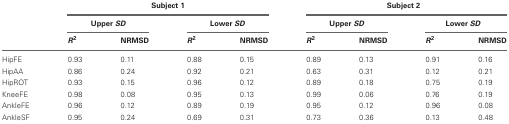
<table><thead><tr><td></td><td colspan="4"><b>Subject 1</b></td><td colspan="4"><b>Subject 2</b></td></tr><tr><td></td><td colspan="2"><b>Upper <i>SD</i></b></td><td colspan="2"><b>Lower <i>SD</i></b></td><td colspan="2"><b>Upper <i>SD</i></b></td><td colspan="2"><b>Lower <i>SD</i></b></td></tr><tr><td></td><td><b><i>R</i><sup>2</sup></b></td><td><b>NRMSD</b></td><td><b><i>R</i><sup>2</sup></b></td><td><b>NRMSD</b></td><td><b><i>R</i><sup>2</sup></b></td><td><b>NRMSD</b></td><td><b><i>R</i><sup>2</sup></b></td><td><b>NRMSD</b></td></tr></thead><tbody><tr><td>HipFE</td><td>0.93</td><td>0.11</td><td>0.88</td><td>0.15</td><td>0.89</td><td>0.13</td><td>0.91</td><td>0.16</td></tr><tr><td>HipAA</td><td>0.86</td><td>0.24</td><td>0.92</td><td>0.21</td><td>0.63</td><td>0.31</td><td>0.12</td><td>0.21</td></tr><tr><td>HipROT</td><td>0.93</td><td>0.15</td><td>0.96</td><td>0.12</td><td>0.89</td><td>0.18</td><td>0.75</td><td>0.19</td></tr><tr><td>KneeFE</td><td>0.98</td><td>0.08</td><td>0.95</td><td>0.13</td><td>0.99</td><td>0.06</td><td>0.76</td><td>0.19</td></tr><tr><td>AnkleFE</td><td>0.96</td><td>0.12</td><td>0.89</td><td>0.19</td><td>0.95</td><td>0.12</td><td>0.96</td><td>0.08</td></tr><tr><td>AnkleSF</td><td>0.95</td><td>0.24</td><td>0.69</td><td>0.31</td><td>0.73</td><td>0.36</td><td>0.13</td><td>0.48</td></tr></tbody></table>